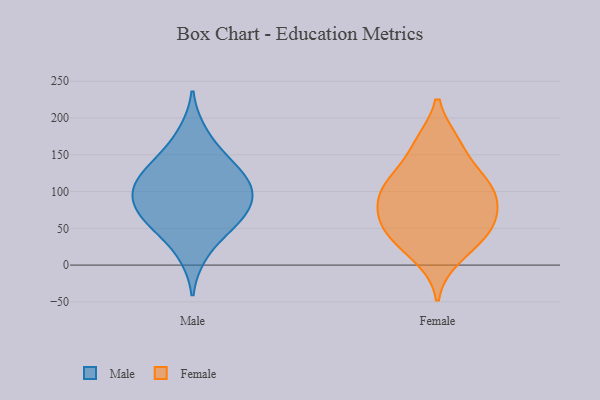
{"axis": {"x": "Tickets Resolved", "y": "Value"}, "legend": ["Female", "Male"], "data": [{"x": "", "y": 50, "type": "Male"}, {"x": "", "y": 86, "type": "Male"}, {"x": "", "y": 66, "type": "Male"}, {"x": "", "y": 137, "type": "Male"}, {"x": "", "y": 98, "type": "Male"}, {"x": "", "y": 131, "type": "Male"}, {"x": "", "y": 104, "type": "Male"}, {"x": "", "y": 57, "type": "Male"}, {"x": "", "y": 146, "type": "Male"}, {"x": "", "y": 14, "type": "Male"}, {"x": "", "y": 67, "type": "Male"}, {"x": "", "y": 105, "type": "Male"}, {"x": "", "y": 106, "type": "Male"}, {"x": "", "y": 181, "type": "Male"}, {"x": "", "y": 124, "type": "Female"}, {"x": "", "y": 94, "type": "Female"}, {"x": "", "y": 62, "type": "Female"}, {"x": "", "y": 105, "type": "Female"}, {"x": "", "y": 70, "type": "Female"}, {"x": "", "y": 110, "type": "Female"}, {"x": "", "y": 166, "type": "Female"}, {"x": "", "y": 46, "type": "Female"}, {"x": "", "y": 70, "type": "Female"}, {"x": "", "y": 29, "type": "Female"}, {"x": "", "y": 44, "type": "Female"}, {"x": "", "y": 11, "type": "Female"}, {"x": "", "y": 166, "type": "Female"}, {"x": "", "y": 107, "type": "Female"}]}